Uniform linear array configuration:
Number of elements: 8
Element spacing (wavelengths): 0.75
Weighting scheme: binomial
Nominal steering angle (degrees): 30
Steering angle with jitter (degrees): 29.73
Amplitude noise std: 0.05
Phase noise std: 0.05

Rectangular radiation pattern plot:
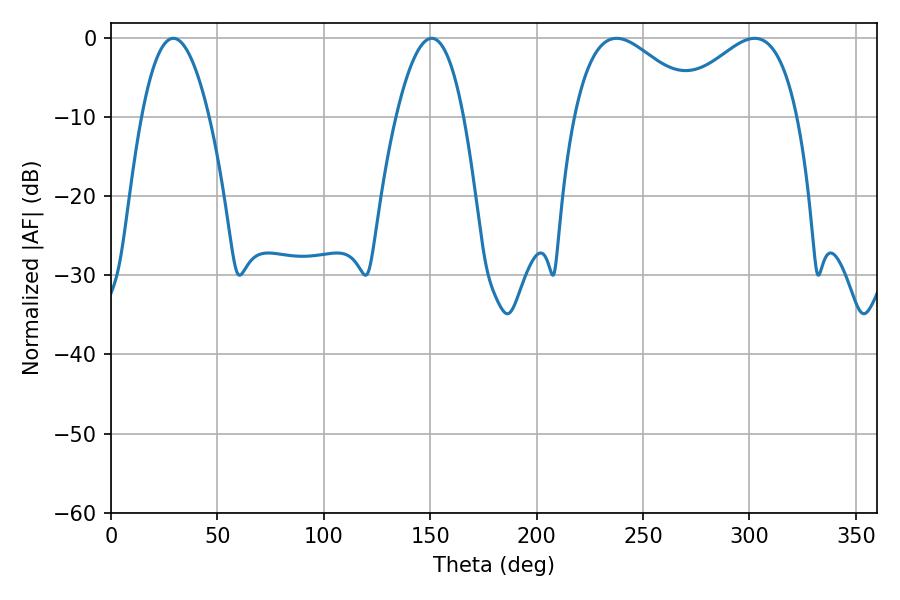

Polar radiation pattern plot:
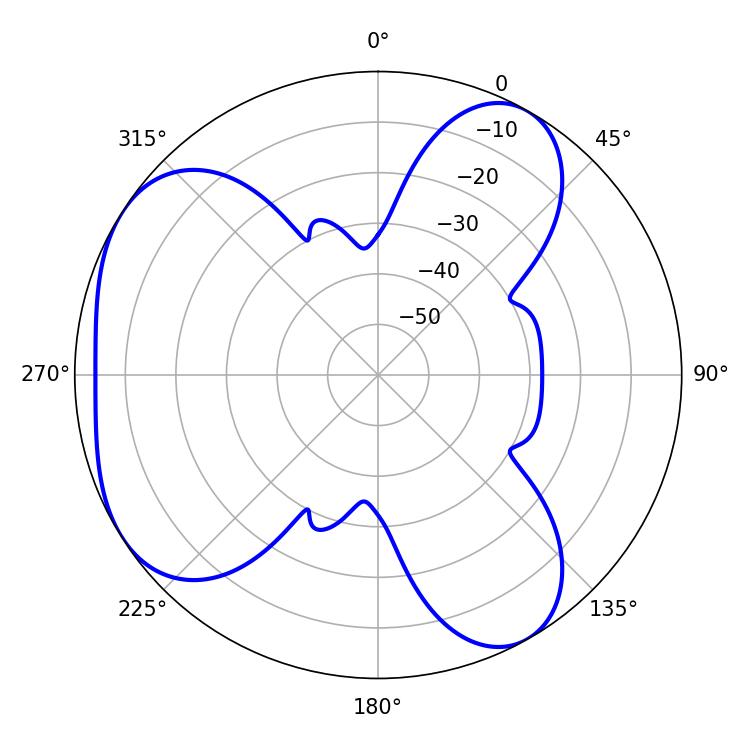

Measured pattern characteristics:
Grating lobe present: TRUE
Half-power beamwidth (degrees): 32.4
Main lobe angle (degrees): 237.6